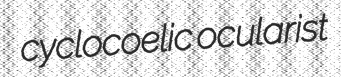
cyclocoelic ocularist